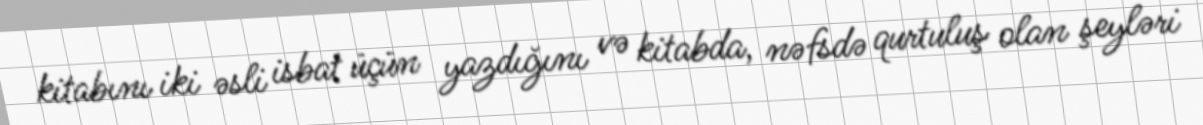
kitabını iki əsli isbat üçün yazdığını və kitabda, nəfsdə qurtuluş olan şeyləri